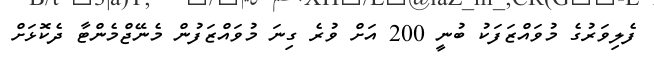
ފެލިވަރުގެ މުވައްޒަފަކު ބުނީ 200 އަށް ވުރެ ގިނަ މުވައްޒަފުން މެނޭޖްމެންޓާ ދެކޮޅަށް